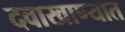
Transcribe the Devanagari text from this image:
दवाखाण्यात